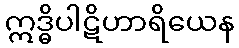
ဣဒ္ဓိပါဋိဟာရိယေန